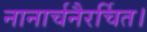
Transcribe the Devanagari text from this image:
नानार्चनैरर्चित।